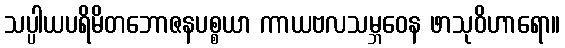
သပ္ပါယပရိမိတဘောဇနပစ္စယာ ကာယဗလသမ္ဘဝေန ဖာသုဝိဟာရော။